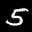
Label: 5